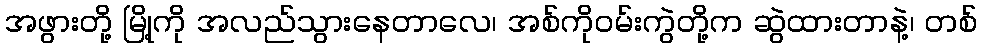
အဖွားတို့ မြို့ကို အလည်သွားနေတာလေ၊ အစ်ကိုဝမ်းကွဲတို့က ဆွဲထားတာနဲ့၊ တစ်